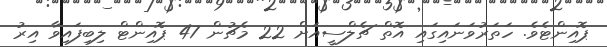
ޕޮއިންޓެވެ. ހަތަރުވަނައިގައި އޮތް ޗެލްސީއަށް 22 މެޗުން 47 ޕޮއިންޓް ލިބިފައިވާ އިރު